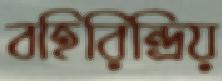
বহিরিন্দ্রিয়